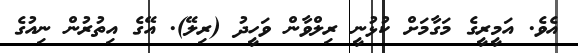
އެވެ. އަމީރީގެ މަގާމަށް ކުޅުނީ ރިލްވާން ވަހީދު (ރިލޭ). އޭގެ އިތުރުން ނިއުގެ